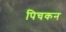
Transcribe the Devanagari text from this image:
पिचकन